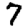
Digit: 7